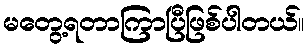
မတွေ့ရတာကြာပြီဖြစ်ပါတယ်။